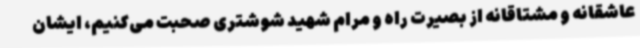
عاشقانه و مشتاقانه از بصیرت راه و مرام شهید شوشتری صحبت می‌کنیم، ایشان